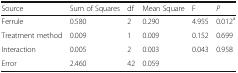
| Source | Sum of Squares | df | Mean Square | F | P |
 | --- | --- | --- | --- | --- | --- |
 | Ferrule | 0.580 | 2 | 0.290 | 4.955 | 0.012a |
 | Treatment method | 0.009 | 1 | 0.009 | 0.152 | 0.699 |
 | Interaction | 0.005 | 2 | 0.003 | 0.043 | 0.958 |
 | Error | 2.460 | 42 | 0.059 |  |  |